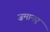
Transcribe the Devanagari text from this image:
ज़मानए